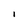
Character: l